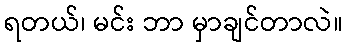
ရတယ်၊ မင်း ဘာ မှာချင်တာလဲ။